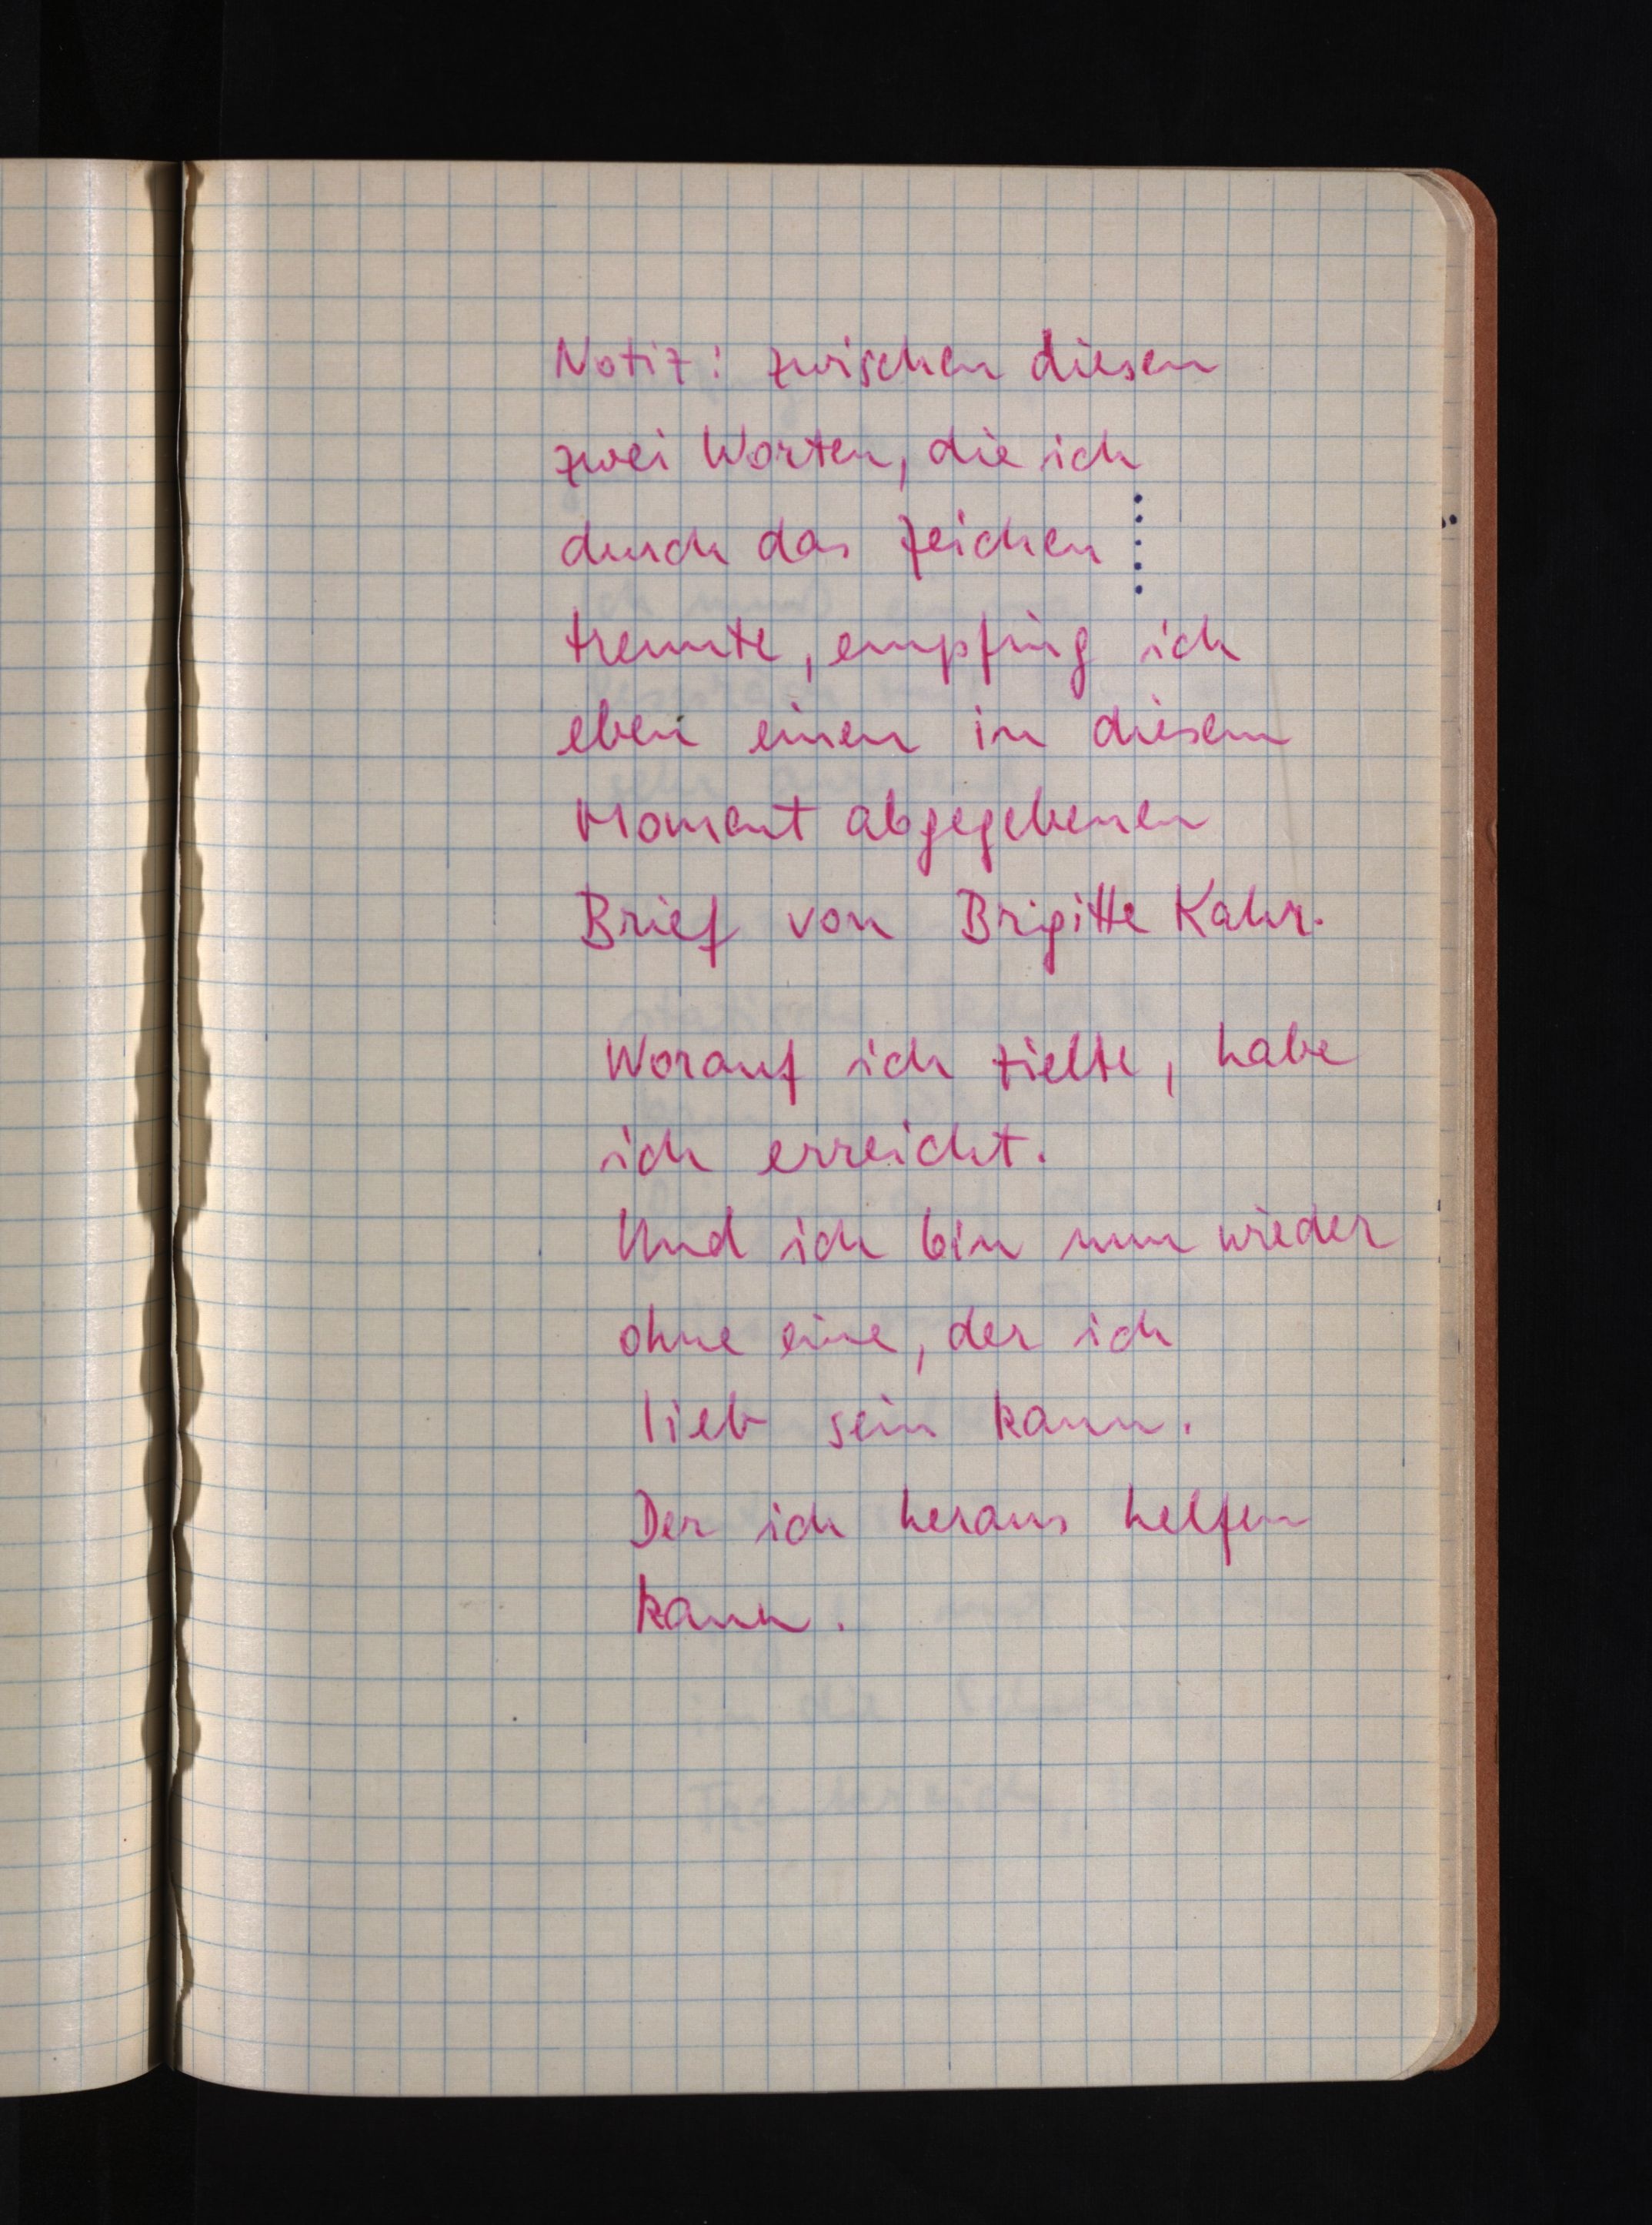
Notiz: zwischen diesen
zwei Worten, die ich
durch das Zeichen
trennte, empfing ich
eben einen in diesem
Moment abgegebenen
Brief von Brigitte Kahr.
Worauf ich zielte, habe
ich erreicht.
Und ich bin nun wieder
ohne eine, der ich
lieb sein kann.
Der ich heraus helfen
kann.